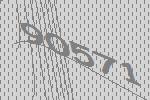
90571